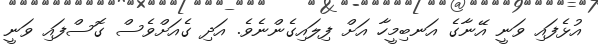
އުޅެފައި ވަނީ އޭނާގެ އަނބިމީހާ އަށް ފިލައިގެންނެވެ. އަދި ގެއަށްވެސް ގޮސްފައި ވަނީ